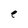
Character: e